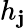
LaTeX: h_{\mathbf{j}}